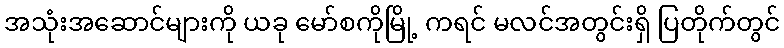
အသုံးအဆောင်များကို ယခု မော်စကိုမြို့ ကရင် မလင်အတွင်းရှိ ပြတိုက်တွင်